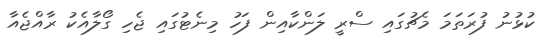
ކުޅުނު ފުރަތަމަ މެޗުގައި ސްރީ ލަންކާއިން ފަހު މިނެޓުގައި ޖެހި ގޯލާއެކު ރާއްޖެއާ